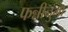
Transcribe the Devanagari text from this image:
फन्नीनुमा